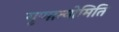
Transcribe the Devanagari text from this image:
गृणात्योमिति